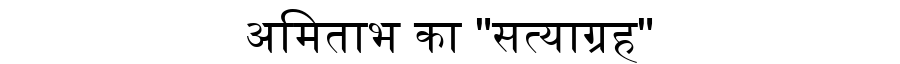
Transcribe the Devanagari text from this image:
अमिताभ का "सत्याग्रह"